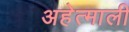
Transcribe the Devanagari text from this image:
अहेत्माली